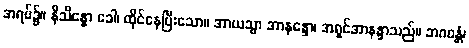
အရပ်၌။ နိသိန္နော ခေါ၊ ထိုင်နေပြီးသော။ အာယသ္မာ အာနန္ဒော၊ အရှင်အာနန္ဒာသည်။ ဘဂဝန္တံ၊